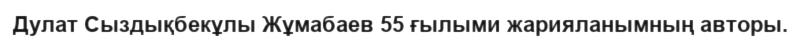
Дулат Сыздықбекұлы Жұмабаев 55 ғылыми жарияланымның авторы.